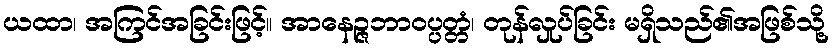
ယထာ၊ အကြင်အခြင်းဖြင့်။ အာနေဉ္ဇဘာဝပ္ပတ္တံ၊ တုန်လှုပ်ခြင်း မရှိသည်၏အဖြစ်သို့